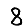
Digit: 8